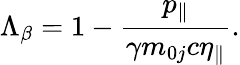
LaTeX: \Lambda_{\beta}=1-\frac{p_{\parallel}}{\gamma m_{0j}c\eta_{\parallel}}.